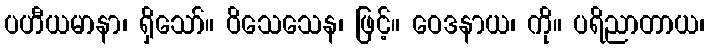
ပဟီယမာနာ၊ ရှိသော်။ ဝိသေသေန၊ ဖြင့်။ ဝေဒနာယ၊ ကို။ ပရိညာတာယ၊